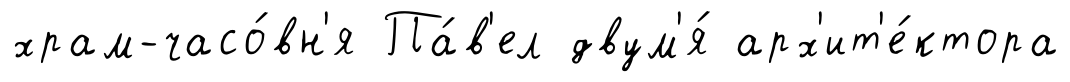
храм-часо́вн'я Па́в'ел двум'я́ арх'ит'е́ктора